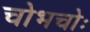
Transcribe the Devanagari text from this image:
चोभचोः